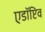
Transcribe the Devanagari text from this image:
एडॉप्टिव